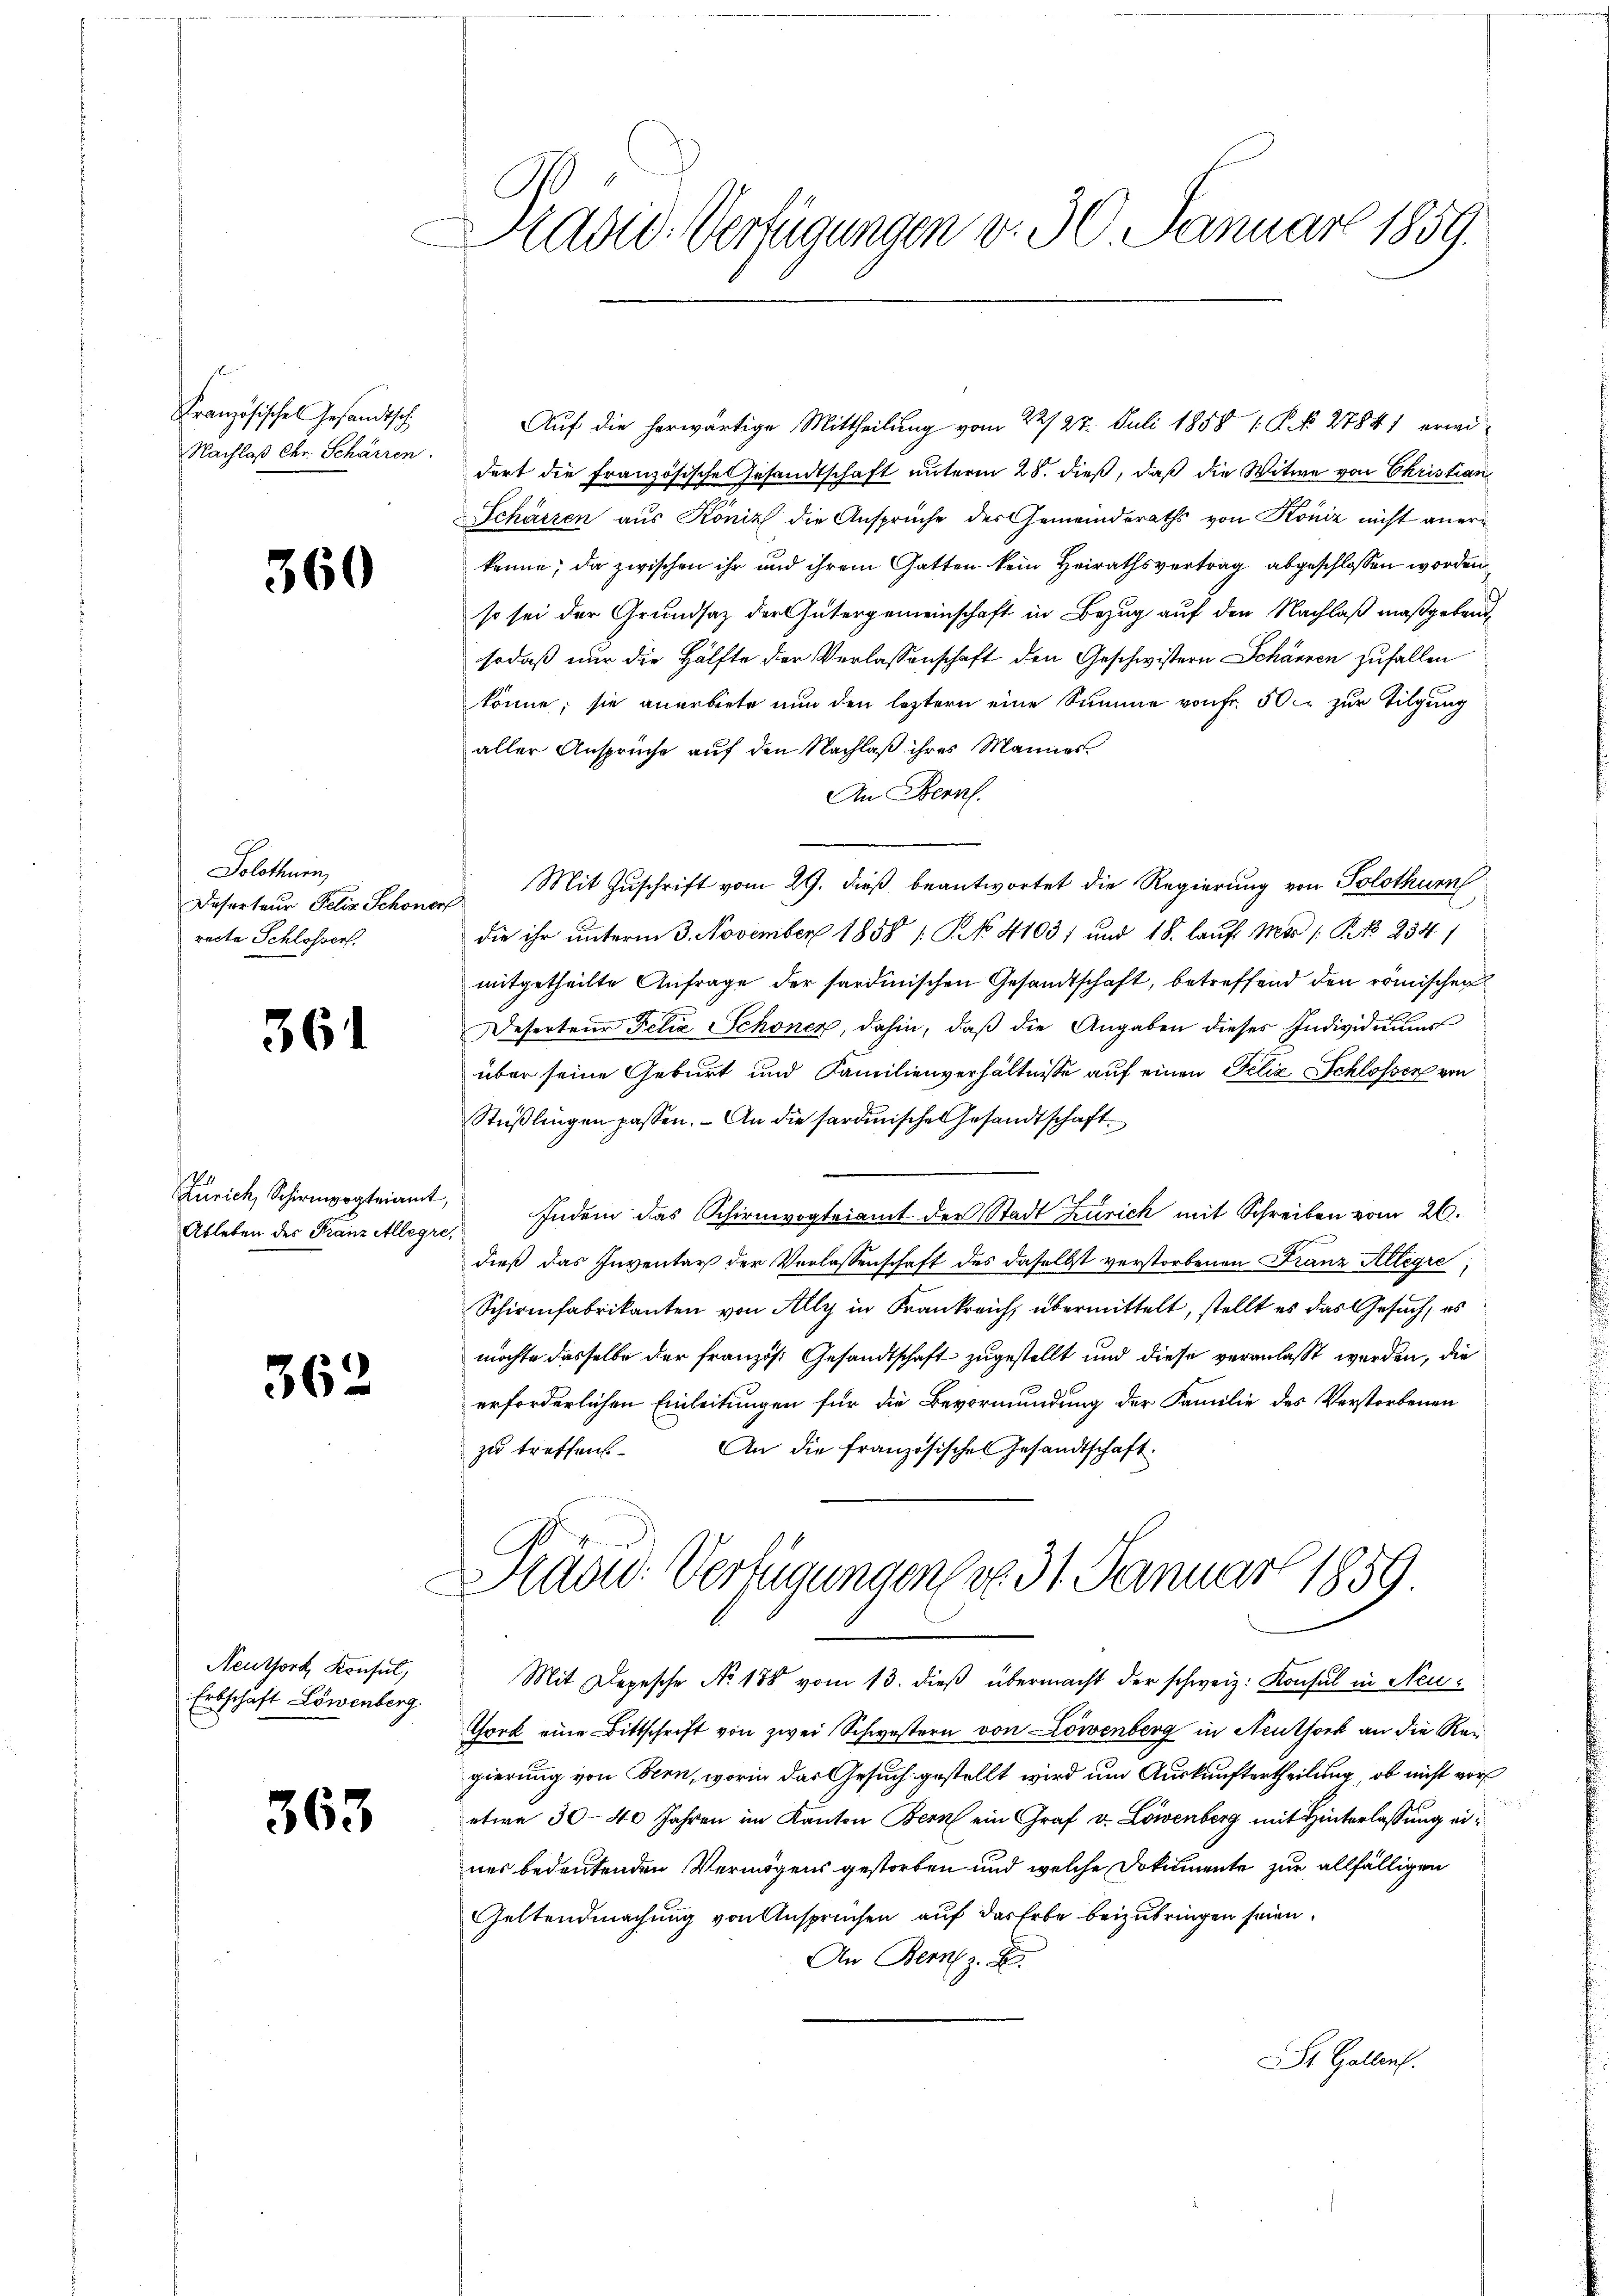
Kranzösischen Gesandtsch
Nachlaß Chr. Schärren.

360

Solothurn,
Deserteur Felix Schöne
recte Schlossen.

361

Zürich, Schirmogteiamt
Ableben des Franz Allegr

362

Neuthor Konsul,
Erbschaft Löwenberg.

363

Adid. Verfügungen v. 30. Januar 1859.

Auf die herwärtige Mittheilung vom 22/27. Juli 1858 1. P. N. 27841 erweidert die Französische Gesandtschaft unterm 28. dieß, daß die Witwe von Christian
Schätzen aus Köniz die Ansprüche der Gemeinderaths von Köniz nicht anerkenne, da zwischen ihr und ihrem Gatten kein Heirathsvertrag abgeschlossen worden,
so sei der Grundsatz der Gütergemeinschaft in Bezug auf den Nachlaß maßgebend
sodaß nur die Hälfte der Verlassenschaft den Geschwistern Schänzen zufallen
könne; sie anerbiete nun den leztern eine Summe von Fr. 50c zur Tilgung
aller Ansprüche auf den Nachlaß ihres Mannes.
An Bern.
Mit Zuschrift vom 29. dieß beantwortet die Regierung von Solothurn
f
die ihr unterm 3. November 1858 1 S. No. 4103) und 18. lauf Moo /: No 234
mitgetheilte Anfrage der sardinischen Gesandtschaft, betreffend den römischen
Deserteur Felix Schöner, dahin, daß die Angaben dieses Individuums
über seine Geburt und Familienverhältnisse auf einen Felix Schlossen von
Stüßlingen passen. - An die sardinischen Gesandtschaft¬
2
Indem das Schirmvogteiamt der Stadt Zürich mit Schreiben vom 26.
dieß das Inventar der Verlassenschaft des daselbst verstorbenen Franz Alleyre,
Schirmfabrikanten von Ally in Frankreich übermittelt, stellt es das Gesuch, es
möchte dasselbe der französ. Gesandtschaft zugestellt und diese veranlaßt werden, die
erforderlichen Einleitungen für die Bevormundung der Familie des Verstorbenen
An die französisches Gesandtschaft.
zu treffen
Had: Verfügungen v. 31. Januar 1859
Mit Depesche No. 188 vom 13. dieß übermacht der schweiz. Konsul in Neu¬
Thoek eine Bittschrift von zwei Schwestern von Löwenberg in Neuthork an die Ran
gierung von Bern, worin das Gesuch gestellt wird um Auskunftertheilung, ob nicht vor
etwa 30–40 Jahren im Kanton Bern ein Graf v. Löwenberg mit Hinterlassung eines bedeutenden Vermögens gestorben und welche Dokumente zur allfälligen
Geltendmachung von Anspruchen auf das Erbe beizubringen seien.
An Bern z. B.
St. Gallen.